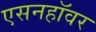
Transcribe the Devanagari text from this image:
एसनहॉवर